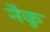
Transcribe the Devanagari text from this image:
नैकू